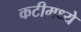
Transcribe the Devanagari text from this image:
कटीमध्ये